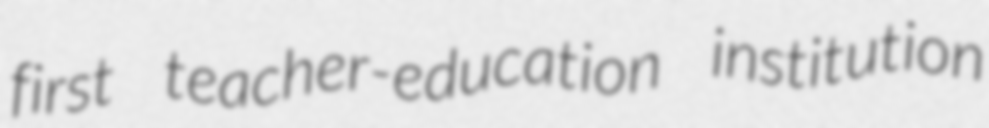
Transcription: first teacher-education institution